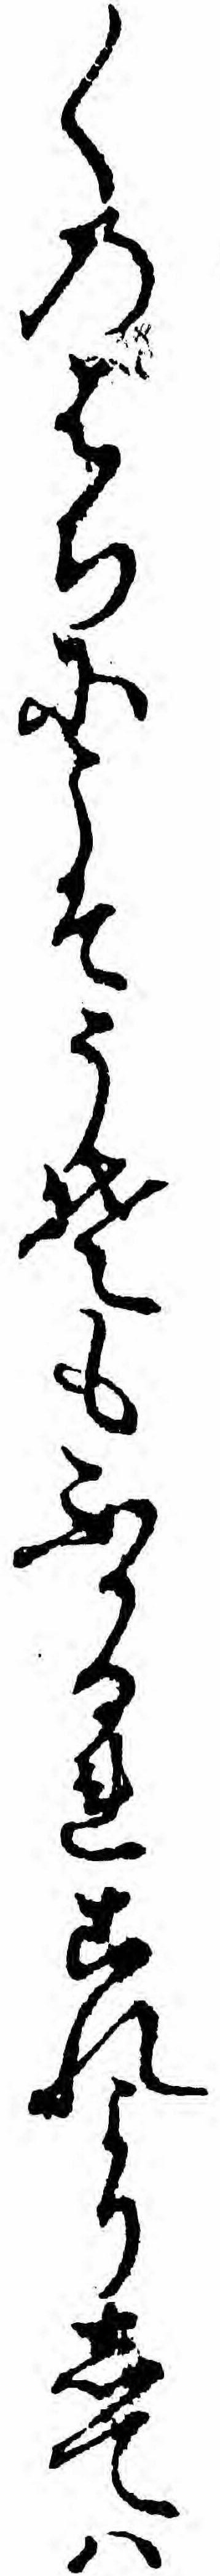
〱のはちにこそうそもふかるれこれよりしてハ